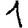
Digit: 1